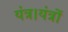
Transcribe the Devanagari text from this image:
यंत्र।यंत्रों